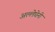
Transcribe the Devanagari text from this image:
अल्लेघेनी